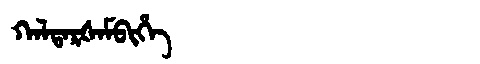
Manchu: ᡴᠠᠯᡨᠠᡵᡧᠠᠮᠪᡳᡥᡝ
Romanization: KALTARŠAMBIHE